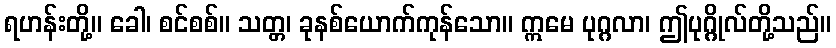
ရဟန်းတို့။ ခေါ၊ စင်စစ်။ သတ္တ၊ ခုနစ်ယောက်ကုန်သော။ ဣမေ ပုဂ္ဂလာ၊ ဤပုဂ္ဂိုလ်တို့သည်။